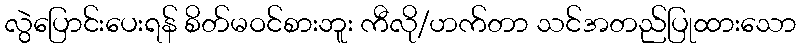
လွဲပြောင်းပေးရန် စိတ်မဝင်စားဘူး ကီလို/ဟက်တာ သင်အတည်ပြုထားသော